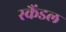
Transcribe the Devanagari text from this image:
स्‍कैंडल